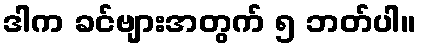
ဒါက ခင်ဗျားအတွက် ၅ ဘတ်ပါ။